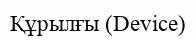
Құрылғы (Device)